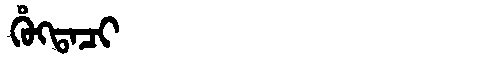
Manchu: ᡥᡠᡴᡨᠠᠴᡳ
Romanization: HUKTACI